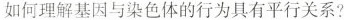
如何理解基因与染色体的行为具有平行关系？